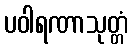
ပဝါရဏာသုတ္တံ